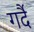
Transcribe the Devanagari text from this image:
गर्दै